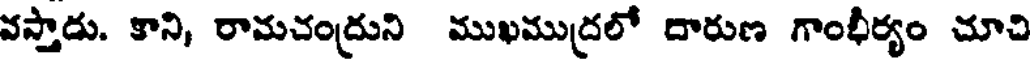
వస్తాడు. కాని, రామచంద్రుని ముఖముద్రలో దారుణ గాంభీర్యం చూచి